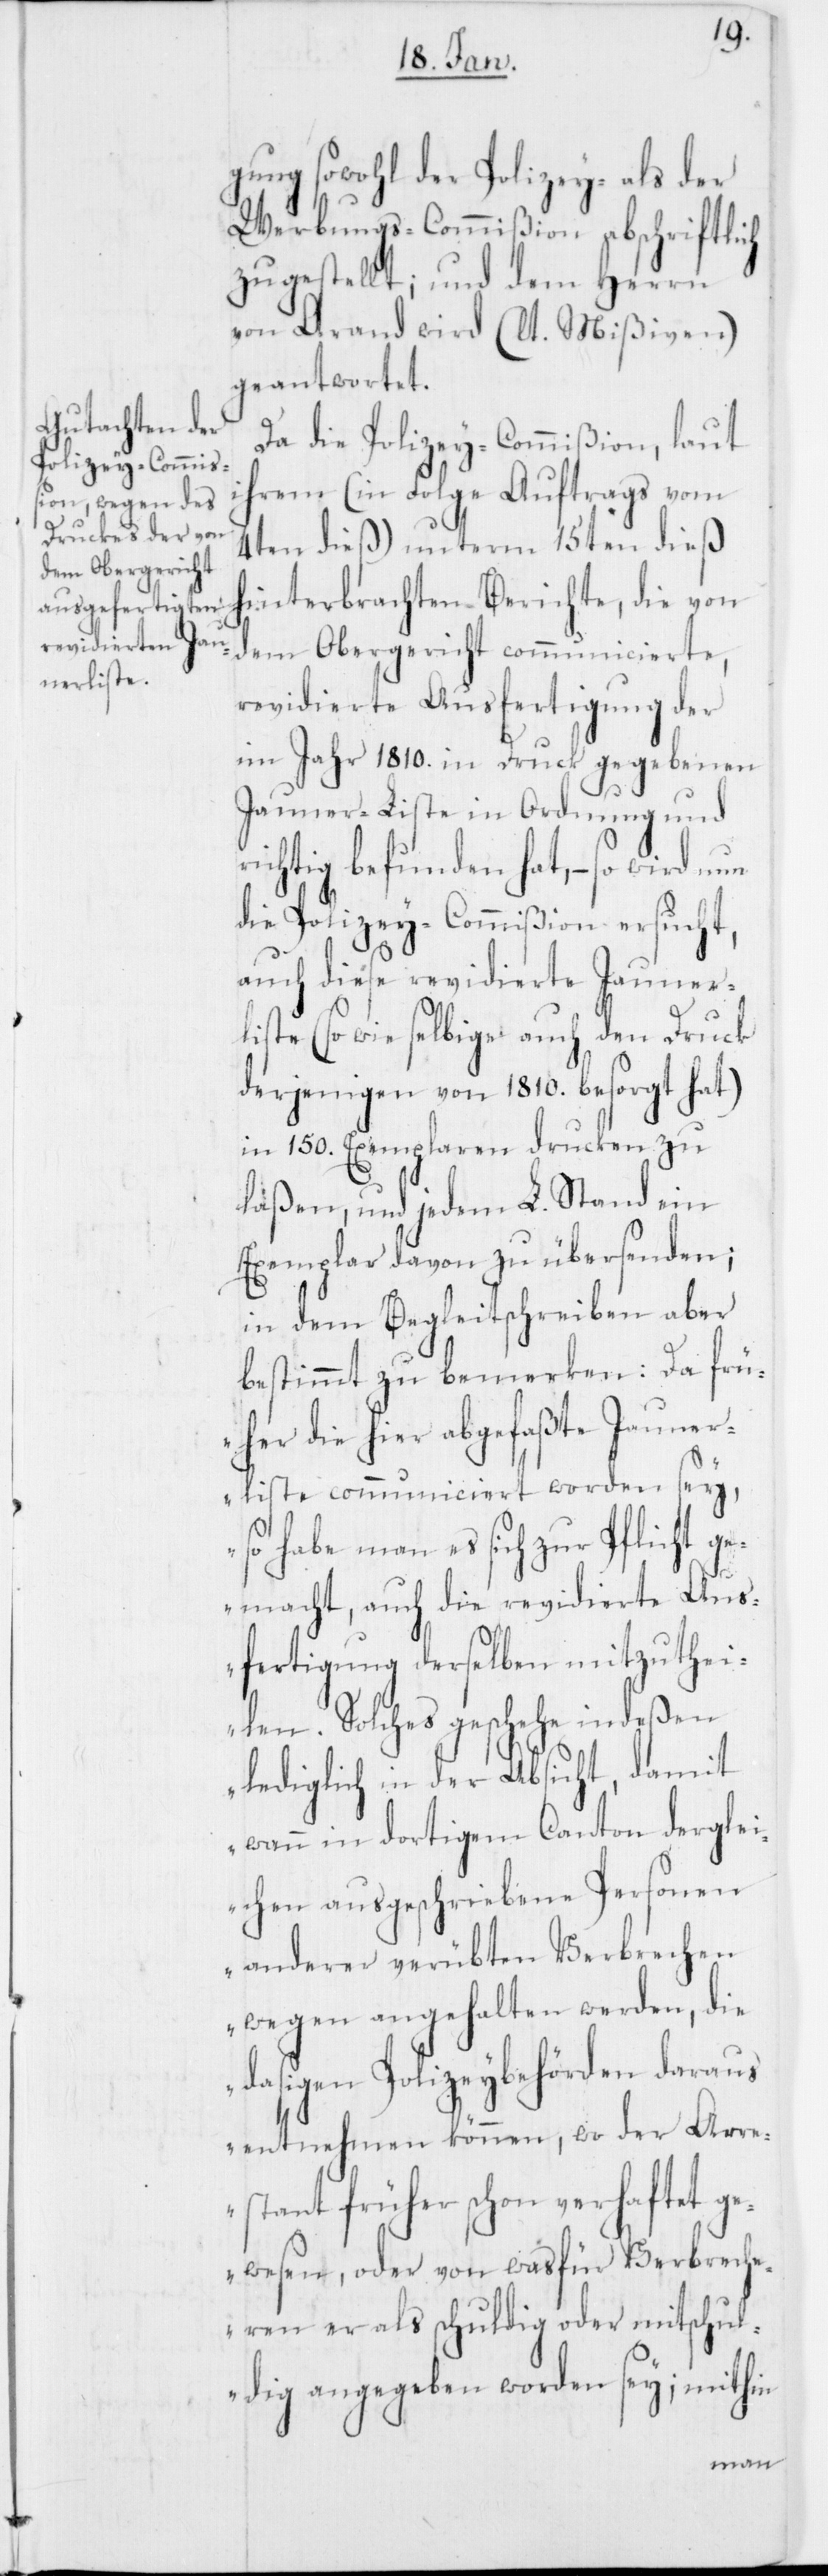
gung sowohl der Polizey- als der
Werbungs-Commißion abschriftlich
zugestellt, und dem Herrn
von Arand wird (lt. Mißiven)
geantwortet.
Da die Polizey-Commißion, laut
ihrem (in Folge Auftrags vom
4ten dieß) unterm 15ten dieß
hinterbrachten Berichte, die von
dem Obergericht communicierte,
revidierte Ausfertigung der
im Jahr 1810. in Druck gegebenen
Jauner-Liste in Ordnung und
richtig befunden hat, – so wird nun
die Polizey-Commißion ersucht,
auch diese revidierte Jauner¬
liste (so wie selbige auch den Druck
derjenigen von 1810. besorgt hat)
in 150. Exemplaren drucken zu
laßen, und jedem L. Stand ein
Exemplar davon zu übersenden;
in dem Begleitschreiben aber
bestimmt zu bemerken: „Da frü¬
her die hier abgefaßte Jaunerl¬
iste communiciert worden sey,
so habe man es sich zur Pflicht g¬
emacht, auch die revidierte Aus¬
fertigung derselben mitzuthei¬
len. Solches geschehe indeßen
lediglich in der Absicht, damit
wann in dortigem Canton derglei¬
chen ausgeschriebene Personen
anderer verübten Verbrechen
wegen angehalten werden, die
dasigen Polizeybehörden daraus
entnehmen können, wo der Arre¬
stant früher schon verhaftet g¬
ewesen, oder von was für Verbrech¬
en er als schuldig oder mitschul¬
dig angegeben worden sey; mithin